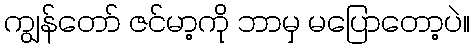
ကျွန်တော် ဇင်မာ့ကို ဘာမှ မပြောတော့ပဲ။